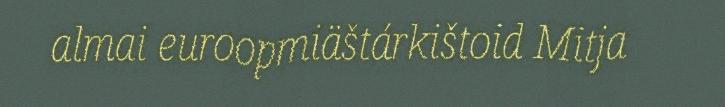
almai euroopmiäštárkištoid Mitja